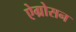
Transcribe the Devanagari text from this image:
ऐग्रोसन